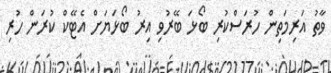
ވާތު އަރިމަތިން ހުރަސްކުރި ބޯޅަ ބޭރުވި އިރު ބޯޅަޔަށް އެޓޭކް ކުރަން ހުރި